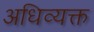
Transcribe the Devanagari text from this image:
अधिव्यक्त